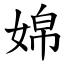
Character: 婂